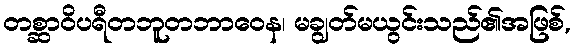
တစ္ဆာဝိပရီတဘူတဘာဝေန၊ မချွတ်မယွင်းသည်၏အဖြစ်,